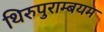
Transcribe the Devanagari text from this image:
थिरुपुराम्बयम